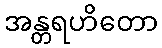
အန္တရဟိတော